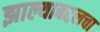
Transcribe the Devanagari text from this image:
झाल्याबद्दलचा